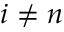
i \neq n